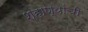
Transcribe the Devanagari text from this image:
शहाण्यांची